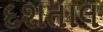
દશતાલ